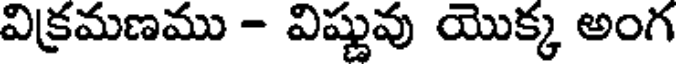
విక్రమణము - విష్ణువు యొక్క అంగ